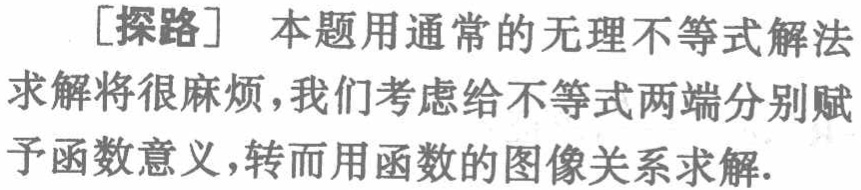
[探路] 本题用通常的无理不等式解法

求解将很麻烦，我们考虑给不等式两端分别赋

予函数意义，转而用函数的图像关系求解.